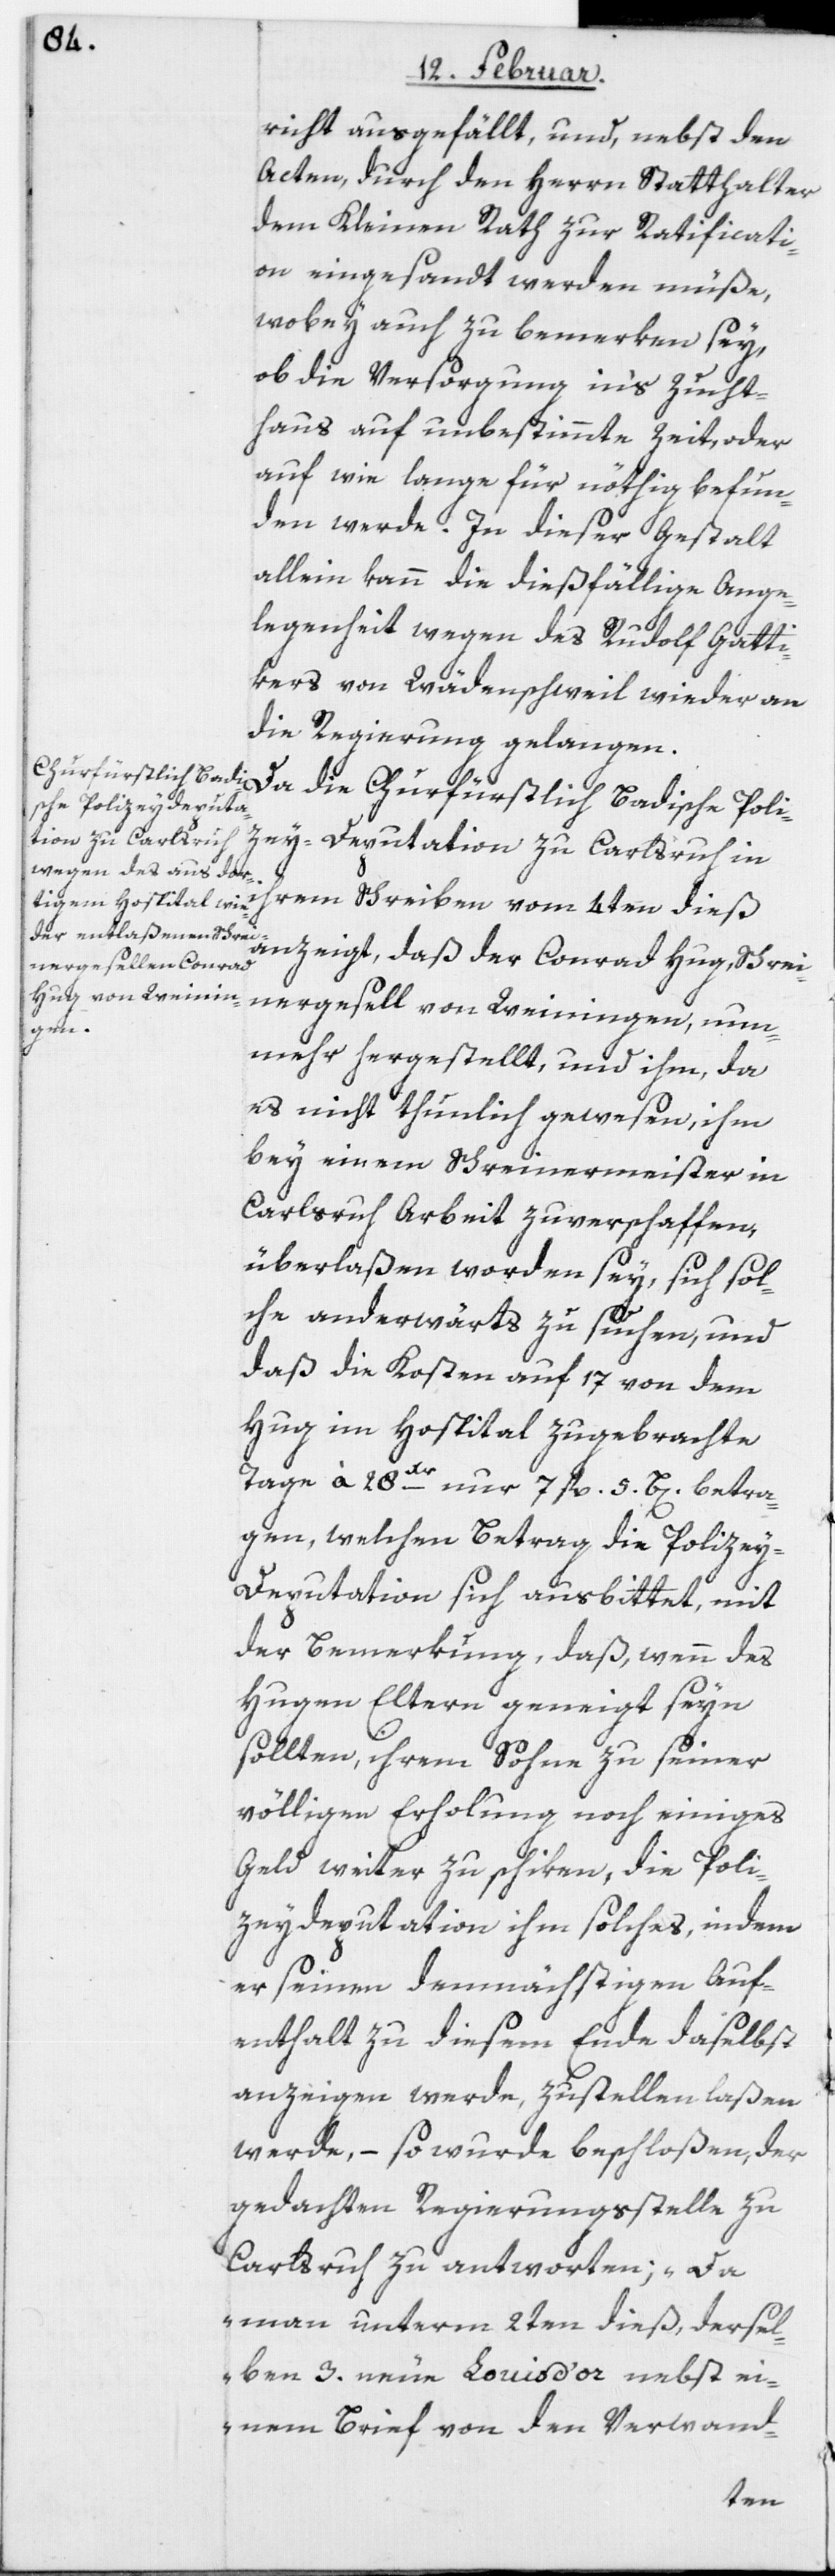
richt ausgefällt, und, nebst den
Acten, durch den Herrn Statthalter
dem Kleinen Rath zur Ratificati¬
on eingesandt werden müße,
wobey auch zu bemerken sey,
ob die Versorgung in‘s Zucht¬
haus auf unbestimmte Zeit, oder
auf wie lange für nöthig befun¬
den werde. In dieser Gestalt
allein kann die dießfällige Ange¬
legenheit wegen des Rudolf Gatti¬
kers von Wädenschweil wieder an
die Regierung gelangen.
Da die Churfürstlich Badische Poli¬
zey-Deputation zu Carlsruh in
ih¬
rem Schreiben vom 4ten dieß
anzeigt, daß der Conrad Hug, Schrei¬
nergesell von Weiningen, nun¬
mehr hergestellt, und ihm, da
es nicht tunlich gewesen, ihm
bey einem Schreinermeister in
Carlsruh Arbeit zu verschaffen,
überlaßen worden sey, sich sol¬
che anderwärts zu suchen, und
daß die Kosten auf 17 von dem
Hug im Hospital zugebrachte
Tage à 28Xr nur 7 fl. 5 B[atzen] betra¬
gen, welchen Betrag die Polizey-D¬
eputation sich ausbittet, mit
der Bemerkung, daß, wenn des
Hugen Eltern geneigt seyn
sollten, ihrem Sohne zu seiner
völligen Erholung noch einiges
Geld weiter zu schiken, die Poli¬
zeydeputation ihm solches, indem
er seinen demnächstigen Auf¬
enthalt zu diesem Ende daselbst
anzeigen werde, zustellen laßen
werde, – so wurde beschloßen, der
gedachten Regierungsstelle zu
Carlsruh zu antworten; „Da
man unterm 2ten dieß, dersel¬
ben 3. neue Louis d’or nebst ei¬
nem Brief von den Verwand-